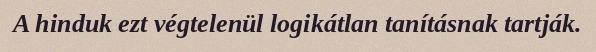
A hinduk ezt végtelenül logikátlan tanításnak tartják.